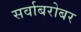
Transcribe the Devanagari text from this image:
सर्वाबरोबर